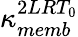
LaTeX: \kappa_{memb}^{2LRT_{0}}